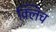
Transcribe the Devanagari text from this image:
क्लिच